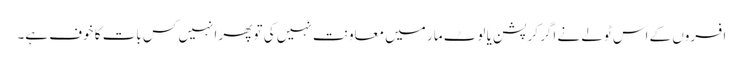
افسروں کے اس ٹولے نے اگر کرپشن یا لوٹ مار میں معاونت نہیں کی تو پھر انہیں کس بات کا خوف ہے۔